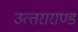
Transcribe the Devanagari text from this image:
उत्‍तराराण्‍ड